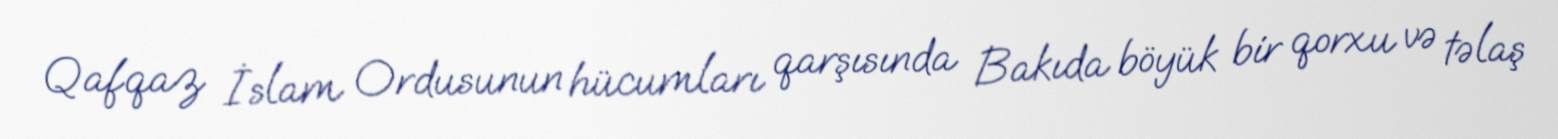
Qafqaz İslam Ordusunun hücumları qarşısında Bakıda böyük bir qorxu və təlaş